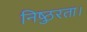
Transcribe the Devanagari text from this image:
निष्ठुरता।